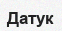
Датук